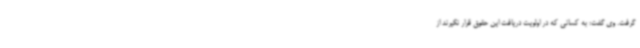
گرفت. وی گفت: به کسانی که در اولویت دریافت این حقوق قرار نگیرند از